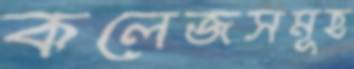
কলেজসমূহ